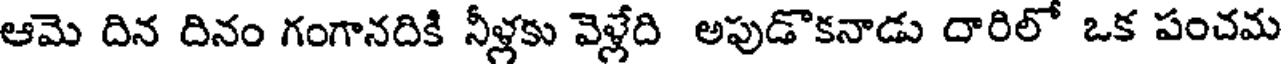
ఆమె దిన దినం గంగానదికి నీళ్లకు వెళ్లేది అపుడొకనాడు దారిలో ఒక పంచమ